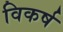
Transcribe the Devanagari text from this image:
विकर्ष